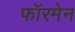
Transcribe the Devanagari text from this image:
फॉरमेन